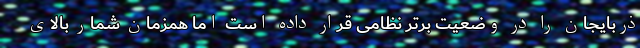
ذربایجان را در وضعیت برتر نظامی قرار داده است اما همزمان شمار بالای